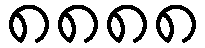
၈၈၈၈